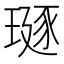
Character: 𪼅